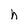
Character: h